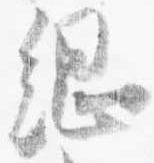
綱